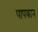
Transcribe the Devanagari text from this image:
पापकान